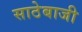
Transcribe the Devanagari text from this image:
साठेबाजी